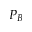
P _ { B }